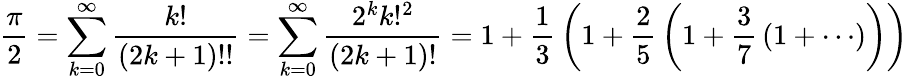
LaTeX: {\frac{\pi}{2}}=\sum_{k=0}^{\infty}{\frac{k!}{(2k+1)!!}}=\sum_{k=0}^{\infty}{\frac{2^{k}k!^{2}}{(2k+1)!}}=1+{\frac{1}{3}}\left(1+{\frac{2}{5}}\left(1+{\frac{3}{7}}\left(1+\cdots\right)\right)\right)